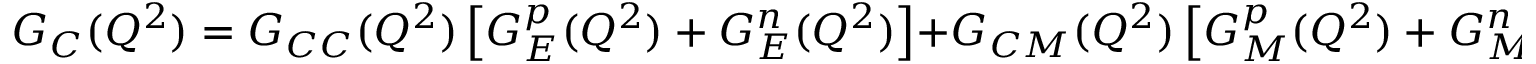
G _ { C } ( Q ^ { 2 } ) = G _ { C C } ( Q ^ { 2 } ) \left[ G _ { E } ^ { p } ( Q ^ { 2 } ) + G _ { E } ^ { n } ( Q ^ { 2 } ) \right] + G _ { C M } ( Q ^ { 2 } ) \left[ G _ { M } ^ { p } ( Q ^ { 2 } ) + G _ { M } ^ { n } ( Q ^ { 2 } ) \right] \; .